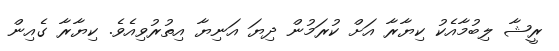
ރީޝާ ލިބުމާއެކު ކިޔާރާ އަށް ކުރަމުން ދިޔަ އަނިޔާ އިތުރުވިއެވެ. ކިޔާރާ ގެއިން